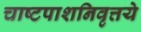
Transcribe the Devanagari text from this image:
चाष्टपाशनिवृत्तये